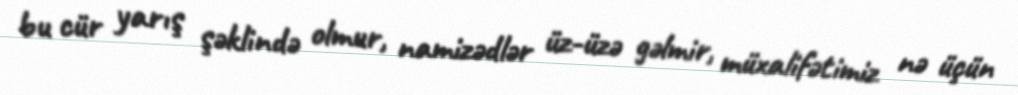
bu cür yarış şəklində olmur, namizədlər üz-üzə gəlmir, müxalifətimiz nə üçün